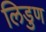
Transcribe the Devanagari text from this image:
लिडुण